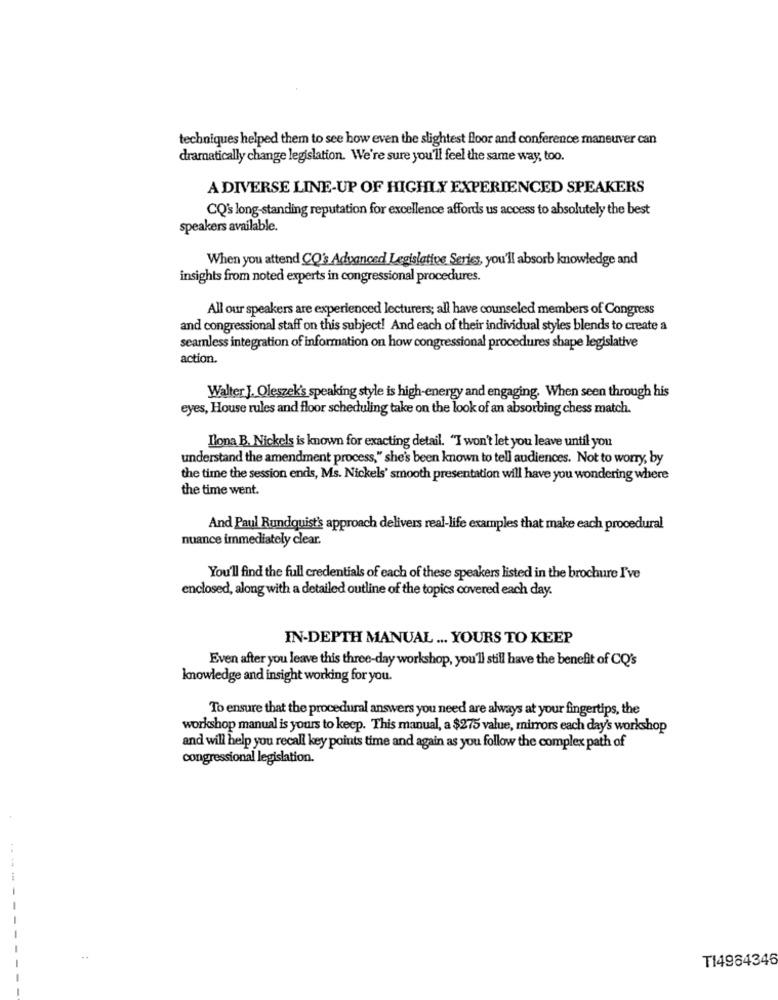
techniques helped them to see how even the slightest floor and conference maneuver can
dramatically change legislation. We're sure you'll feel the same way, too.
A DIVERSE LINE-UP OF HIGHLY EXPERIENCED SPEAKERS
CQ's long-standing reputation for excellence affords us access to absolutely the best
speakers available.
When you attend CQ's Advanced Legislative Series, you'll absorb knowledge and
insights from noted experts in congressional procedures.
All our speakers are experienced lecturers; all have counseled members of Congress
and congressional staff on this subject! And each of their individual styles blends to create a
seamless integration of information on how congressional procedures shape legislative
action.
Walter J. Oleszek's speaking style is high-energy and engaging. When seen through his
eyes, House rules and floor scheduling take on the look of an absorbing chess match.
Ilona B. Nickels is known for exacting detail. "I won't let you leave until you
understand the amendment process," she's been known to tell audiences. Not to worry, by
the time the session ends, Ms. Nickels' smooth presentation will have you wondering where
the time went.
And Paul Rundquist's approach delivers real-life examples that make each procedural
nuance immediately clear.
You'll find the full credentials of each of these speakers listed in the brochure I've
enclosed, along with a detailed outline of the topics covered each day.
IN-DEPTH MANUAL ... YOURS TO KEEP
Even after you leave this three-day workshop, you'll still have the benefit of CQ's
knowledge and insight working for you.
To ensure that the procedural answers you need are always at your fingertips, the
workshop manual is yours to keep. This manual, a $275 value, mirrors each day's workshop
and will help you recall key points time and again as you follow the complex path of
congressional legislation.
T14964346